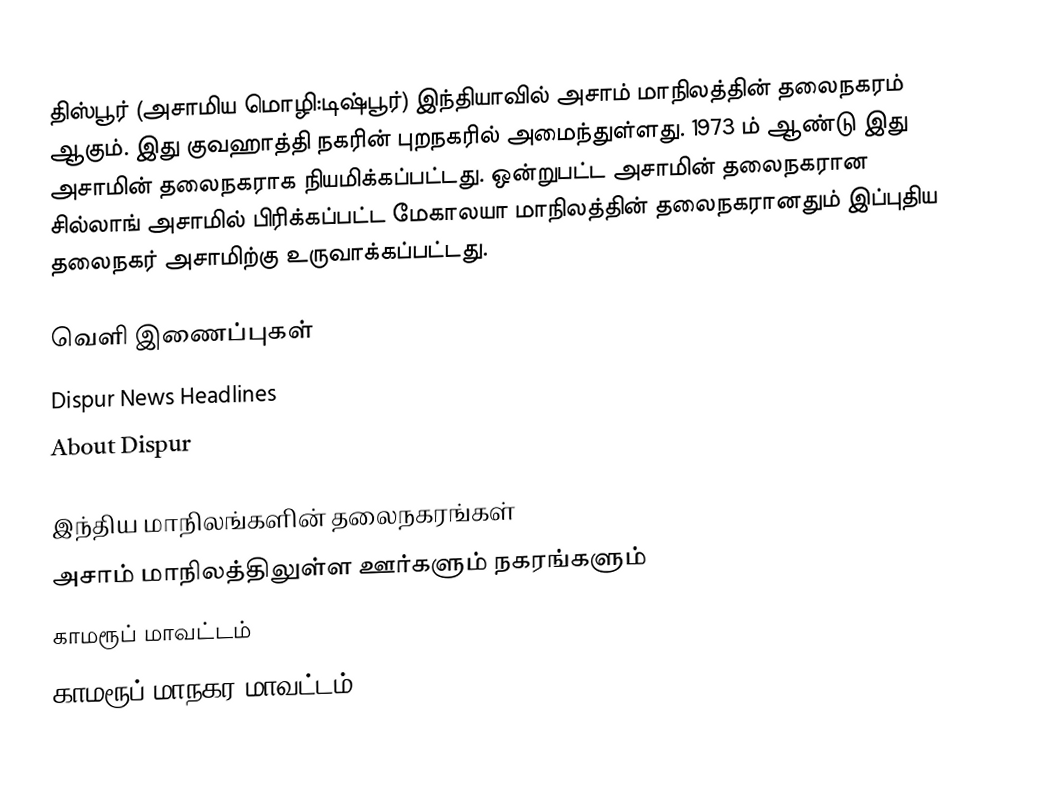
திஸ்பூர் (அசாமிய மொழி:டிஷ்பூர்) இந்தியாவில் அசாம் மாநிலத்தின் தலைநகரம் ஆகும். இது குவஹாத்தி நகரின் புறநகரில் அமைந்துள்ளது. 1973 ம் ஆண்டு இது அசாமின் தலைநகராக நியமிக்கப்பட்டது. ஒன்றுபட்ட அசாமின் தலைநகரான சில்லாங் அசாமில் பிரிக்கப்பட்ட மேகாலயா மாநிலத்தின் தலைநகரானதும் இப்புதிய தலைநகர் அசாமிற்கு உருவாக்கப்பட்டது.

வெளி இணைப்புகள்
 Dispur News Headlines
 About Dispur

இந்திய மாநிலங்களின் தலைநகரங்கள்
அசாம் மாநிலத்திலுள்ள ஊர்களும் நகரங்களும்
காமரூப் மாவட்டம்
காமரூப் மாநகர மாவட்டம்